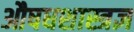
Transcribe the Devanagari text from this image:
औषधशास्त्रज्ञ